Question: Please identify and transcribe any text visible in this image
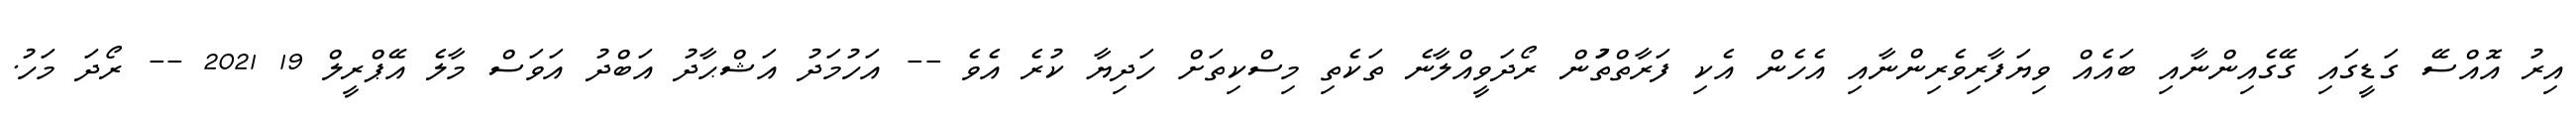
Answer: އިރު އޮއްސޭ ގަޑީގައި ގޭގެއިންނާއި ބައެއް ވިޔަފާރިވެރިންނާއި އެހެން އެކި ފަރާތްތަުން ރޯދަވީއްލާނެ ތަކެތި މިސްކިތަށް ހަދިޔާ ކުރެ އެވެ -- އަހުމަދު އަޝްޙާދު އަބްދު އަވަސް މާލެ އޭޕްރީލް 19 2021 -- ރޯދަ މަހު.